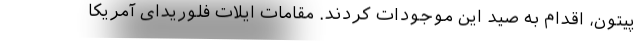
پیتون، اقدام به صید این موجودات کردند. مقامات ایلات فلوریدای آمریکا